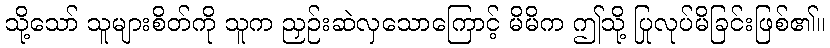
သို့သော် သူများစိတ်ကို သူက ညှဉ်းဆဲလှသောကြောင့် မိမိက ဤသို့ ပြုလုပ်မိခြင်းဖြစ်၏။